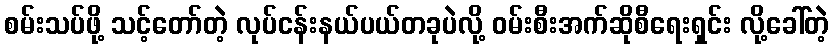
စမ်းသပ်ဖို့ သင့်တော်တဲ့ လုပ်ငန်းနယ်ပယ်တခုပဲလို့ ဝမ်းစီးအက်ဆိုစီရေးရှင်း လို့ခေါ်တဲ့